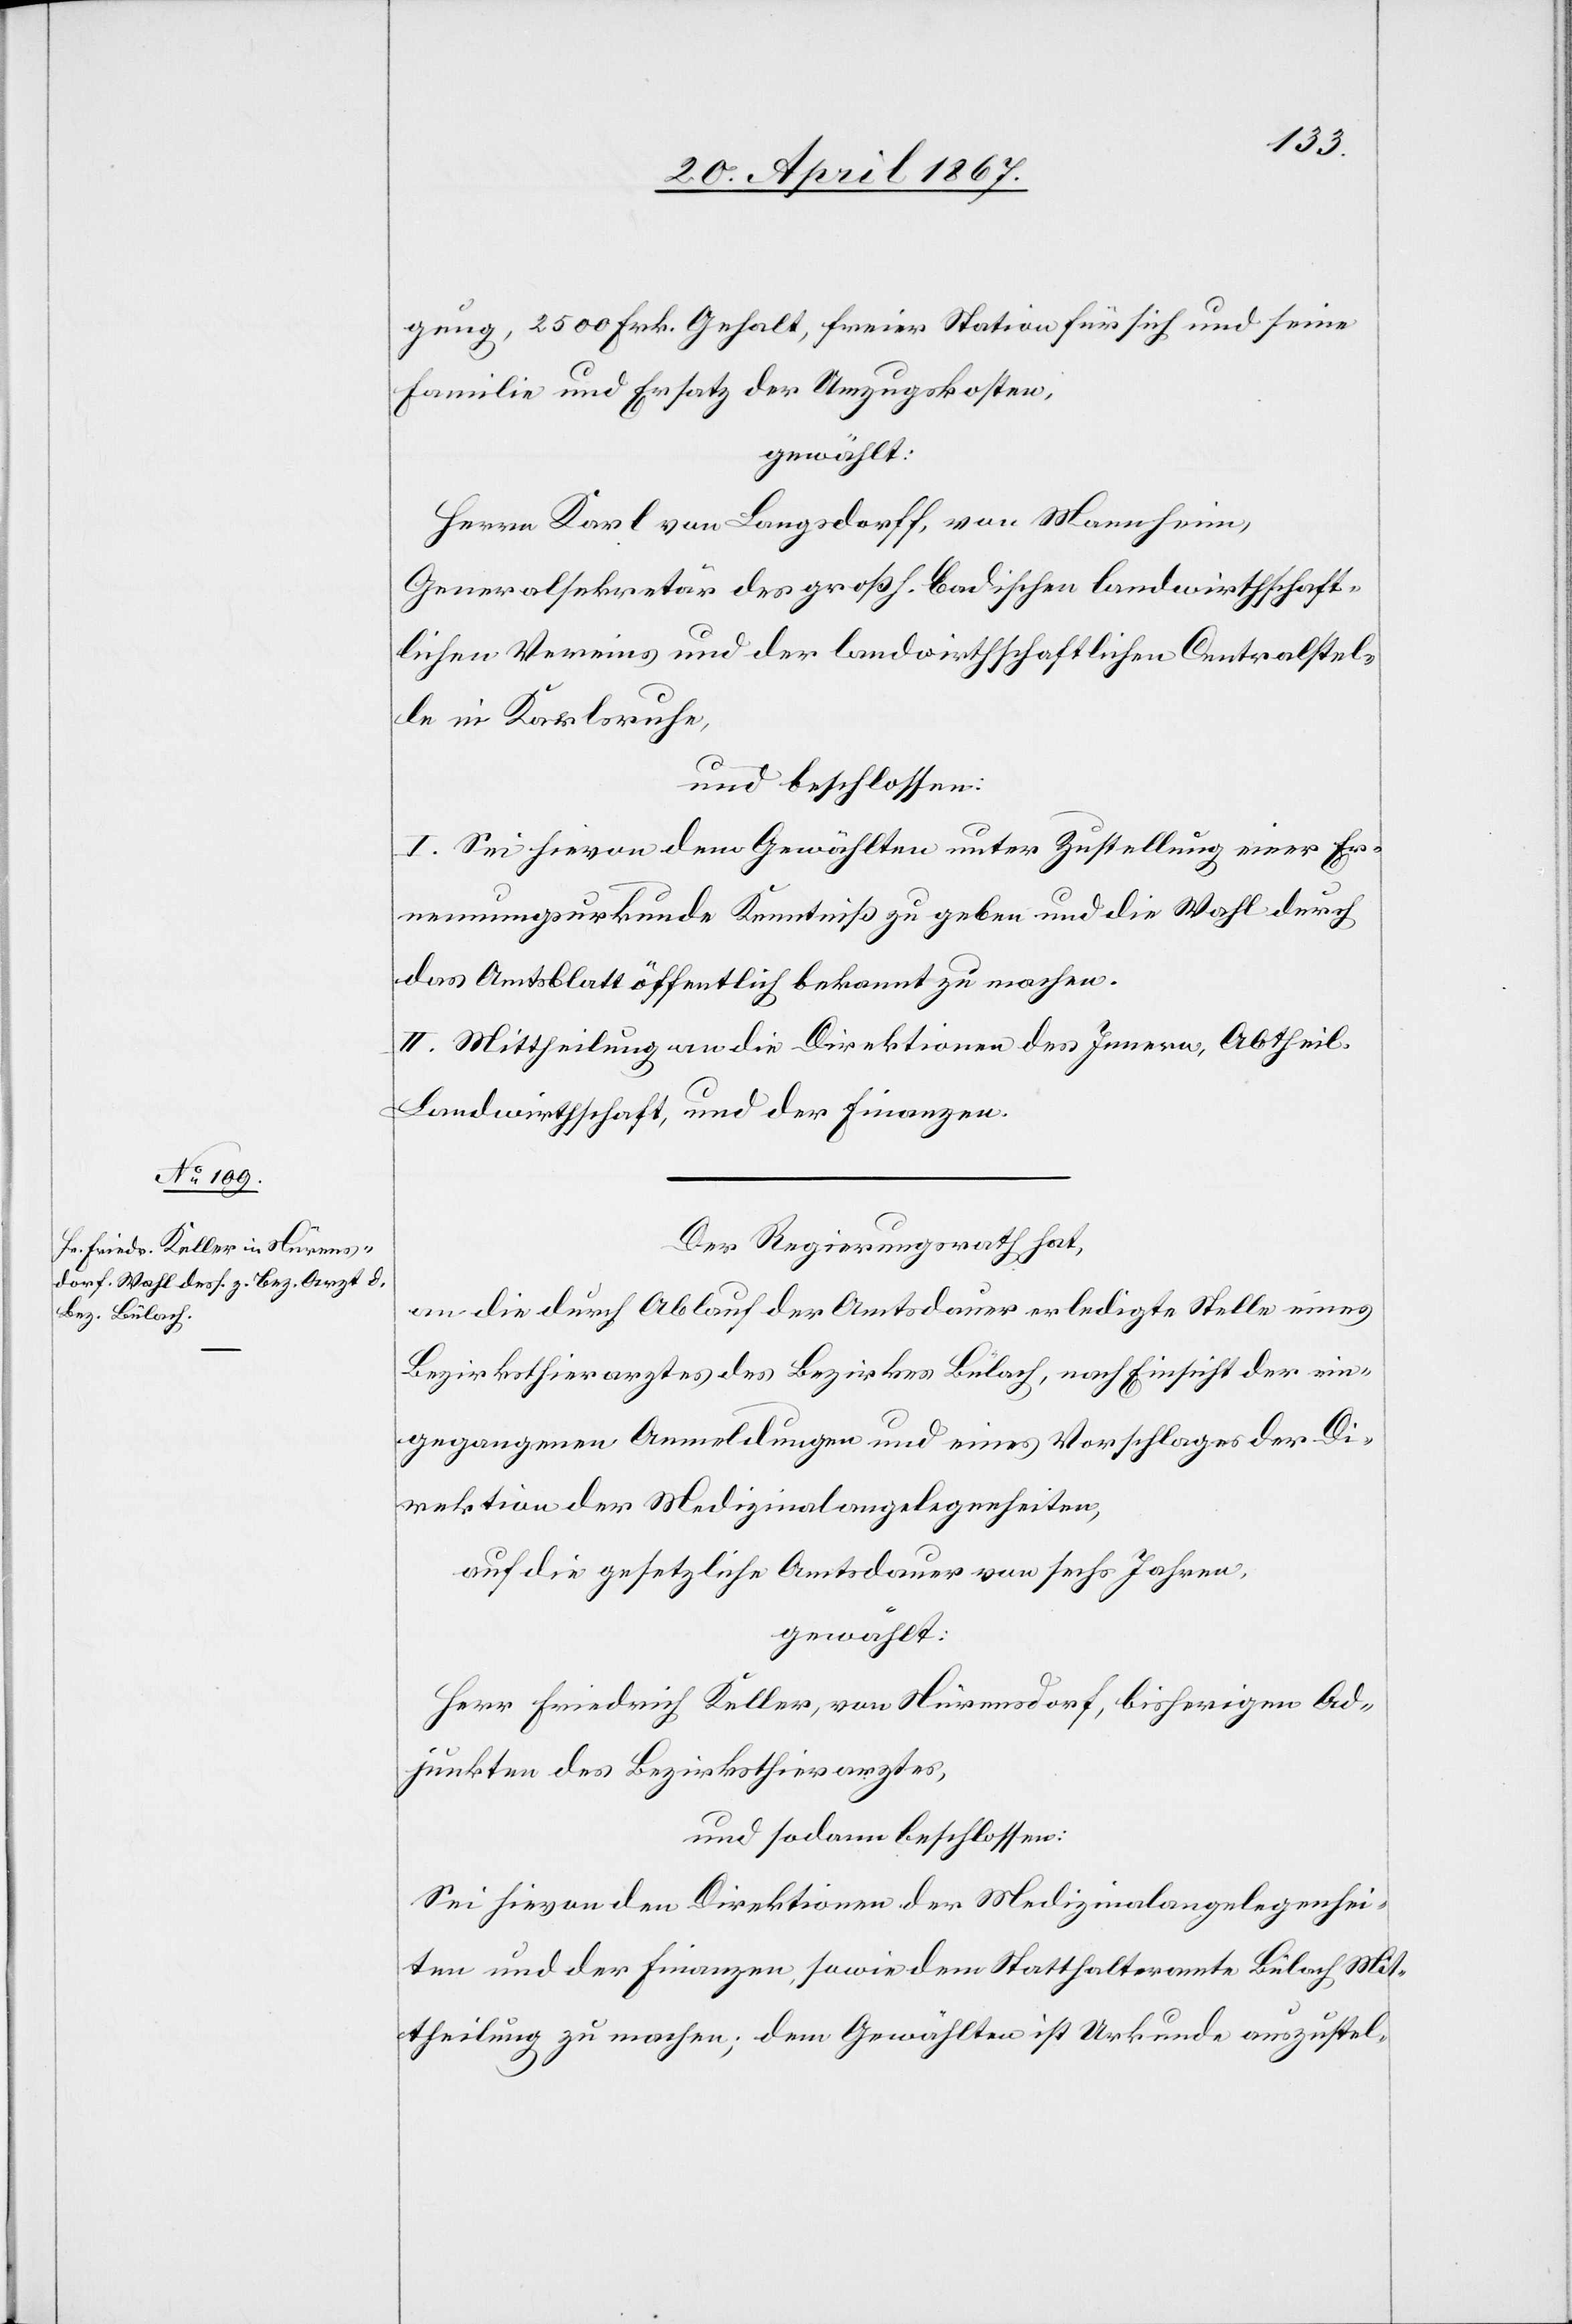
gung, 2500 Frk. Gehalt, freier Nation für sich und seine
Familie und Ersatz der Umzugskosten,
gewählt:
Herrn Karl von Langsdorff, von Mannheim,
Generalsekretär des großh. badischen landwirthschaft¬
lichen Vereins und der landwirthschaftlichen Controlstel¬
le in Karlsruhe,
und beschlossen:
I. Sei hievon dem Gewählten unter Zustellung einer Er¬
nennungsurkunde Kenntniß zu geben und die Wahl durch
das Amtsblatt öffentlich bekannt zu machen.
II. Mittheilung an die Direktionen des Innern, Abtheil.
Landwirthschaft, und der Finanzen.
Der Regierungsrath hat,
an die durch Ablauf der Amtsdauer erledigte Stelle eines
Bezirksthierarztes des Bezirkes Bülach, nach Einsicht der ein¬
gegangenen Anmeldungen und eines Vorschlages der D¬
irektion der Medizinalangelegenheiten,
auf die gesetzliche Amtsdauer von sechs Jahren,
gewählt:
Herr Friedrich Keller, von Nirmsdorf, bisherigen Ad¬
junkten des Bezirksthierarztes,
und sodann beschlossen:
Sei hievon den Direktionen der Medizinalangelegenhei¬
ten und der Finanzen, sowie dem Statthalteramte Bülach Mit¬
theilung zu machen; dem Gewählten ist Urkunde auszustel-